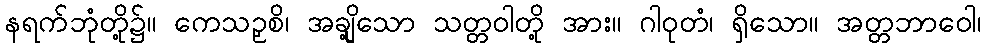
နရက်ဘုံတို့၌။ ကေသဉှစိ၊ အချို့သော သတ္တဝါတို့ အား။ ဂါဝုတံ၊ ရှိသော။ အတ္တဘာဝေါ၊